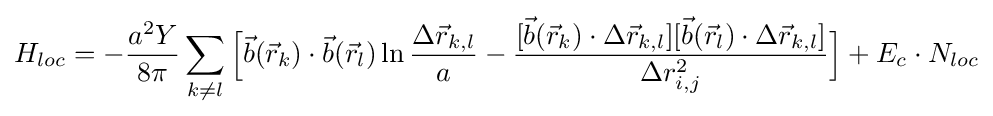
H_{loc}=-{\frac {a^{2}Y}{8\pi }}\sum _{k\neq l}{\Big [}{\vec {b}}({\vec {r}}_{k})\cdot {\vec {b}}({\vec {r}}_{l})\ln {\frac {\Delta {\vec {r}}_{k,l}}{a}}-{\frac {[{\vec {b}}({\vec {r}}_{k})\cdot \Delta {\vec {r}}_{k,l}][{\vec {b}}({\vec {r}}_{l})\cdot \Delta {\vec {r}}_{k,l}]}{\Delta r_{i,j}^{2}}}{\Big ]}+E_{c}\cdot N_{loc}